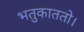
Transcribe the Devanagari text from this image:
भतुकाततो।